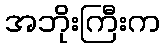
အဘိုးကြီးက